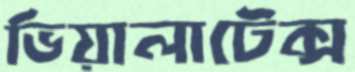
ভিয়ালাটেক্স